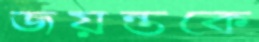
জয়ন্তকে